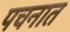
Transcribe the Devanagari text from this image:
पचनात